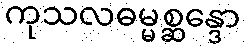
ကုသလဓမ္မစ္ဆန္ဒော